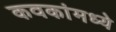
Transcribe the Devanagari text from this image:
कवकांमध्ये